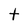
Character: t